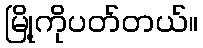
မြို့ကိုပတ်တယ်။